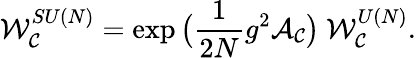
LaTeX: {\cal W}_{{\cal C}}^{SU(N)}=\exp\big(\frac{1}{2N}g^{2}{\cal A}_{{\cal C}}\big)~{\cal W}_{{\cal C}}^{U(N)}.